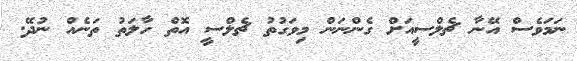
ނަމަވެސް އޭނާ ޗެލްސީއަށް ގެންނަން މިވަގުތު ޗެލްސީ އޮތް ހާލަތު ތަނެއް ނުދޭ.